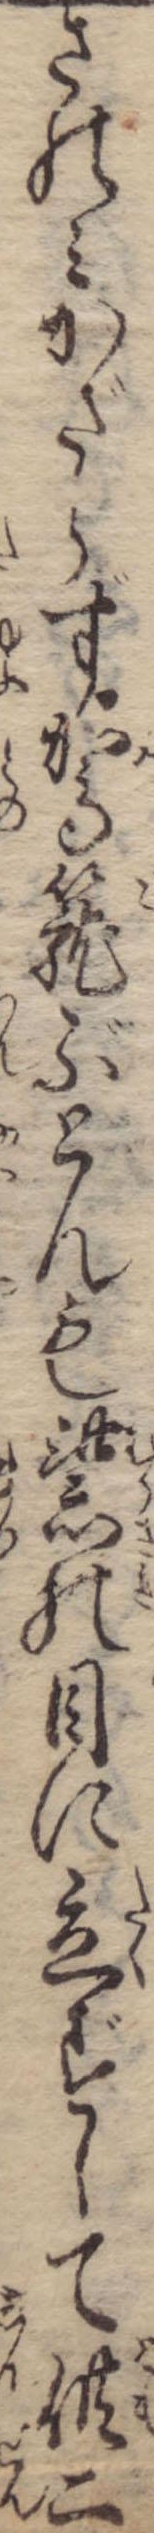
さのみかざらず駕篭ぶとんも紫の目に立ずして供二